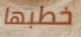
خطبها